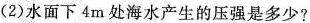
(2)水面下4m处海水产生的压强是多少?